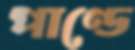
পাণ্ডে